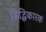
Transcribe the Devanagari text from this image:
सिद्धिकारक